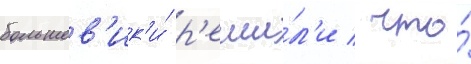
большев'ик'и́ р'еши́л'и / что́